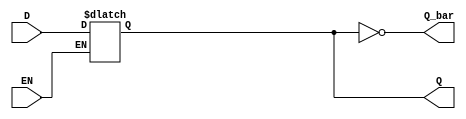
module GatedDLatch (
    input wire D,      // Data input
    input wire EN,     // Enable control signal
    output reg Q,      // Output signal
    output wire Q_bar  // Complement of the output Q
);

    // Complement of Q
    assign Q_bar = ~Q;

    always @(*) begin
        if (EN) begin
            Q = D;  // When EN is high, output follows input D
        end
        // When EN is low, Q retains its previous value
    end

endmodule